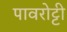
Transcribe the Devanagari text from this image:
पावरोट्टी